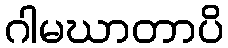
ဂါမဃာတာပိ